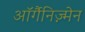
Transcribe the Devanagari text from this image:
ऑर्गैनिज़्मेन